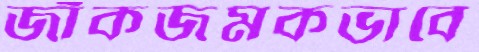
জাঁকজমকভাবে